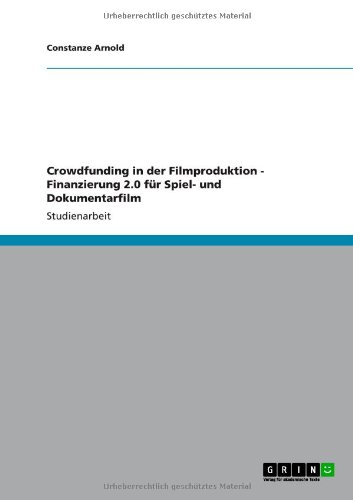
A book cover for Crowdfunding in der Filmproduktion - Finanzierung 2.0 fÃ¼r Spiel- und Dokumentarfilm (German Edition); Constanze Arnold; Business & Money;